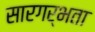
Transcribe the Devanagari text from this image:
सारगर्भता